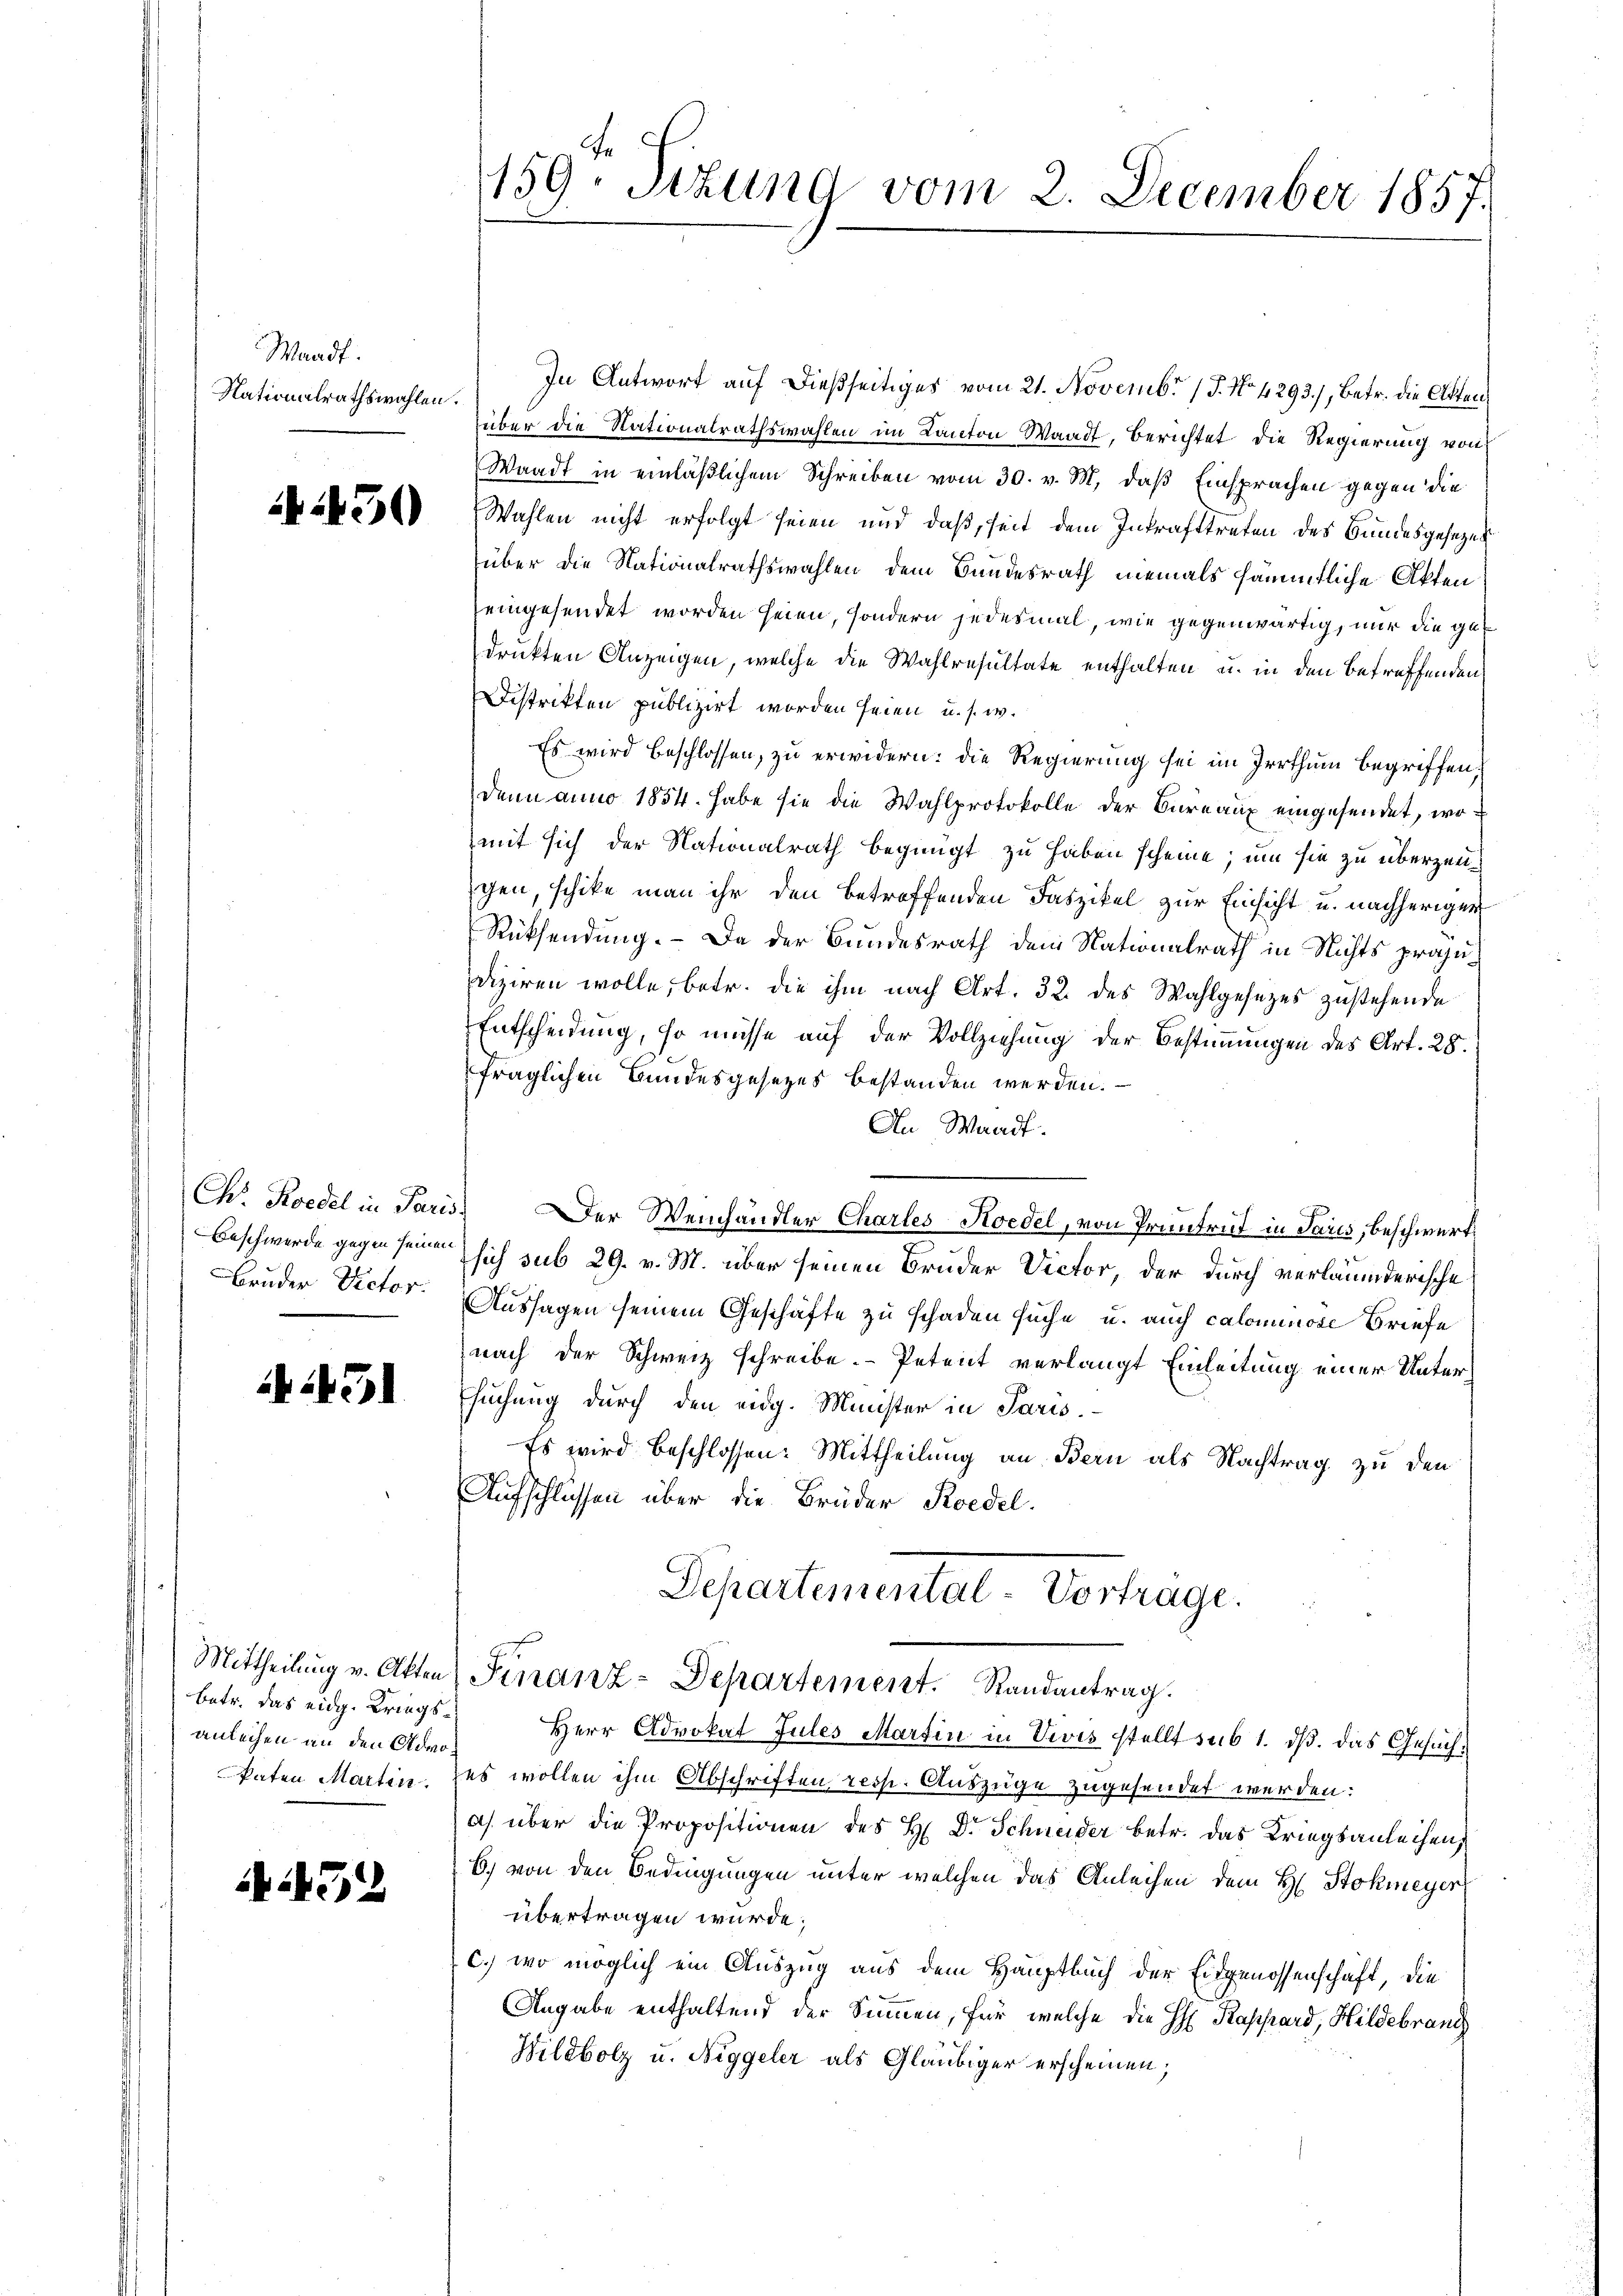
Waadt.
Nationalrathswahlen.

42450

Bruder Victor.

G1

betr. das eidg. Kriegs¬
Anleihen an den Admo
Paten Martin.

432

159. Sizung vom 2. December 1857.

In Antwort auf dießseitiges vom 21. Novembr 17. No. 4293), betr. die Akten
über die Nationalrathswahlen im Canton Waadt, Berichtet die Regierung von
Waadt in einläßlichem Schreiben vom 30. v. M. daß Einsprachen gegen die
Wahlen nicht erfolgt seien und daß, seit dem Inkrafttreten des Bundesgesezes
über die Nationalrathswahlen dem Bundesrath niemals sämmtliche Akten
eingesendet worden seien, sondern jedesmal, wie gegenwärtig, nur die gedrukten Anzeigen, welche die Wahlresultate enthalten, u. in den betreffenden
Distrikten publizirt worden seien u. s. w.
Es wird beschlossen, zu erwidern: die Regierung sei im Irrthum begriffen,
denn anno 1854 habe sie die Wahlprotokolle der Büreaux eingesendet, wo
mit sich der Nationalrath begingt zu haben scheine, um sie zu überzeugen, schicke man ihr den betreffenden Faszikel zur Einsicht u. nachherigen
Rücksendung. – Da der Bundesrath dem Nationalrath in Nichts präjudiziren wolle, betr. die ihm nach Art. 32. des Wahlgesezes zustehende
Entscheidung, so müsse auf der Vollziehung der Bestimmungen des Art. 28.
fraglichen Bundesgesetzes bestanden werden.
An Waadt.
Ch. Roedel in Paris. Der Weinhändler Charles-Hoedel, von Pruntrut in Paris, beschwert
Beschwerde gegen seinen sich sub 29. v. M. über seinen Bruder Victor, der durch verläumderische
Aussagen seinem Geschäfte zu schaden suche u. auch calominore Briefe
nach der Schweiz schreibe. Petent verlangt Einleitung einer Untersuchung durch den eidg. Minister in Paris.
Es wird beschlossen: Mittheilung an Bern als Nachtrag zu den
Aufschlüssen über die Brüder Roedel
Departemental-Vertrage.
Mittheilung v. Atten Finanz-Departement. Randantrag.
Herr Advokat Jules Martin in Vivis stellt sub 1. dß. Das Gesuches wollen ihm Abschriften resp. Auszüge zugesendet werden:
a) über die Propositionen des H. Dr. Schneider betr. das Kriegsanleihen,
b) von den Bedingungen unter welchen das Anleihen dem H. Stokmeyer
übertragen wurde;
c.) wo möglich ein Auszug aus dem Hauptbuch der Eidgenossenschaft, die
Angabe enthaltend der Summen, für welche die H. Rappard, Hildebranch
Bildbolz u. Niggeler als Gläubiger erscheinen;